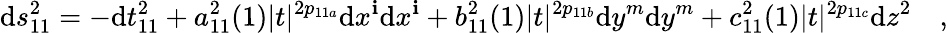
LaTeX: \mathrm{d}s_{11}^{2}=-\mathrm{d}t_{11}^{2}+a_{11}^{2}(1)|t|^{2p_{11a}}\mathrm{d}x^{\mathbf{i}}\mathrm{d}x^{\mathbf{i}}+b_{11}^{2}(1)|t|^{2p_{11b}}\mathrm{d}y^{m}\mathrm{d}y^{m}+c_{11}^{2}(1)|t|^{2p_{11c}}\mathrm{d}z^{2}\quad,